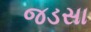
જડસા